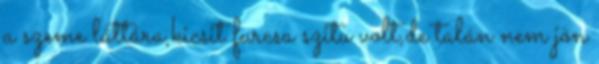
a szeme láttára,kicsit furcsa szitu volt,de talán nem jön